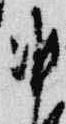
准